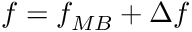
f = f _ { M B } + \Delta f